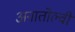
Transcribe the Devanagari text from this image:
अनातोल्वी